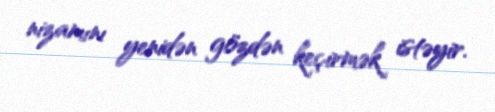
nizamını yenidən gözdən keçirmək istəyir.